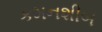
કમનશીબ